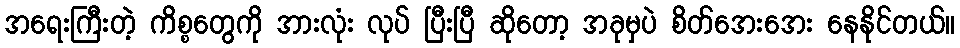
အရေးကြီးတဲ့ ကိစ္စတွေကို အားလုံး လုပ် ပြီးပြီ ဆိုတော့ အခုမှပဲ စိတ်အေးအေး နေနိုင်တယ်။